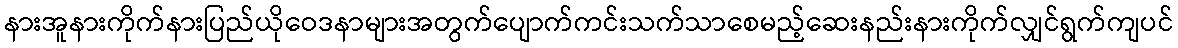
နားအူနားကိုက်နားပြည်ယိုဝေဒနာများအတွက်ပျောက်ကင်းသက်သာစေမည့်ဆေးနည်းနားကိုက်လျှင်ရွက်ကျပင်